system: You are a helpful assistant.
user:
Analyze the provided spectrum to determine if it is a **S-type Star**.

- **Key Indicators for S-type Star:**

    - **(Overall Spectrum Shape):** The first and most obvious characteristic is the overall continuum (the "baseline" shape). It is **extremely "red-sloping,"** meaning the flux (light intensity) is very low on the left side (blue, ~4000-4500 Å) and rises steeply and continuously toward the right side (red, ~7000 Å+).

    - **(Primary):** The spectrum is defined by the presence of strong, broad molecular absorption "valleys" (bands) from **Zirconium Oxide (ZrO)**. The identification of these bands is the **primary requirement** for classifying a star as S-type.
        - **(Key Bandheads):** You must find distinct, deep "dips" where the light has been absorbed. The most critical band systems to locate are:
            - **~6474 Å** ($\gamma$-system): This is often the strongest and clearest ZrO feature, found in the red part of the spectrum.
            - **~5718 Å** & **~5551 Å** ($\beta$-system): A pair of prominent absorption features in the yellow-orange part of the spectrum.
            - **~4640 Å** ($\alpha$-system): A key absorption band system in the blue-green region of the spectrum.

    - **(Secondary Confirmation):** The classification is strengthened by finding additional absorption bands from other related heavy element oxides, which are expected to be present alongside ZrO.
        - **(Key Bandheads):**
            - **Yttrium Oxide (YO):** Look for absorption dips near **~4800 Å** and **~6100 Å**.
            - **Lanthanum Oxide (LaO):** Additional absorption features, particularly in the red-orange part of the spectrum, are also characteristic.

    - **(Line Profile):** The combination of the steep red continuum and these numerous, deep molecular bands (ZrO, YO, etc.) gives the entire spectrum a very **"chopped-up"** or **"bumpy"** appearance. Instead of a smooth curve, the spectrum looks as though large, wide chunks of light have been "carved out" of it at the specific wavelengths listed above.

Think first, call **spectral_visualization_tool** if needed to examine features in detail, then provide your final answer. Your response must adhere to the following strict rules:
1.  **Overall Structure:** Your response must follow the format `<think>...</think> <tool_call>...</tool_call> (if a tool is used) <answer>...</answer>`.
2.  **Tool Usage Constraint:** You may only make **one** tool call per turn.
3.  **Final Answer Format:** In the `<answer>` tag, your conclusion must be inside a `\boxed{}` command (e.g., `\boxed{YES}` or `\boxed{NO}`), followed by your justification.

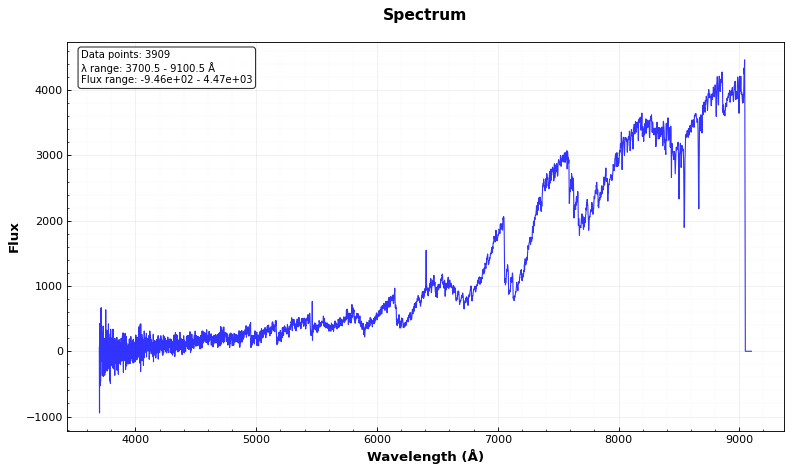
Answer: YES